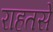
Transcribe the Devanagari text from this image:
राहतसे